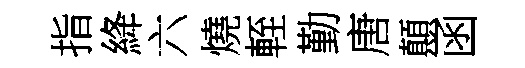
指絳六燒輊勤唐顛函